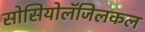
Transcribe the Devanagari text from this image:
सोसियोलॅजिलकल